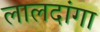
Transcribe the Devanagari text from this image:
लालदांगा